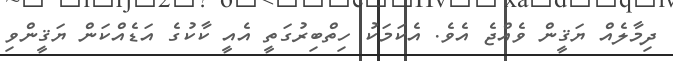
ދިމާލެއް ޔަޤީން ވެއްޖެ އެވެ. އެކަމަކު ހިތްބިރުގަތީ އެއީ ކާކުގެ އަޑެއްކަން ޔަޤީންވި